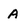
Character: A